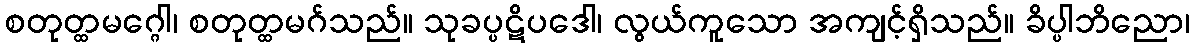
စတုတ္ထမဂ္ဂေါ၊ စတုတ္ထမဂ်သည်။ သုခပ္ပဋိပဒေါ၊ လွယ်ကူသော အကျင့်ရှိသည်။ ခိပ္ပါဘိညော၊